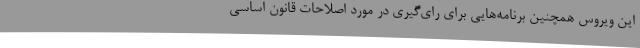
این ویروس همچنین برنامه‌هایی برای رای‌گیری در مورد اصلاحات قانون اساسی